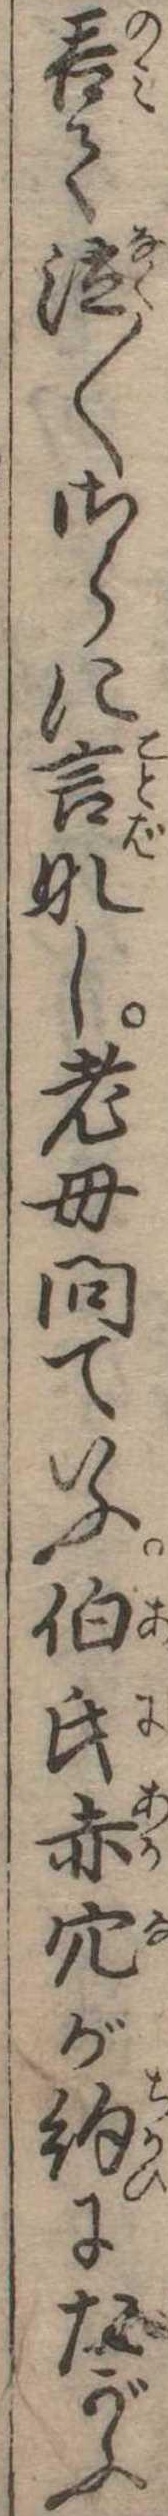
呑て泣〱さらに言なし老母問ていふ伯氏赤穴が約にたがふ